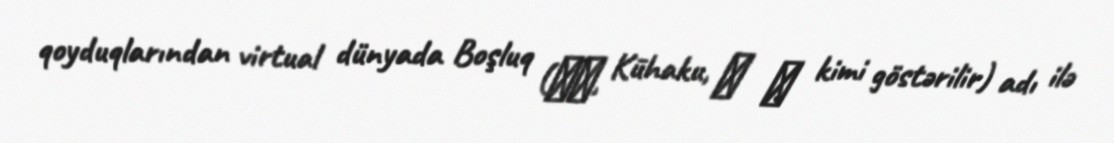
qoyduqlarından virtual dünyada Boşluq (空白, Kūhaku, 『 』 kimi göstərilir) adı ilə